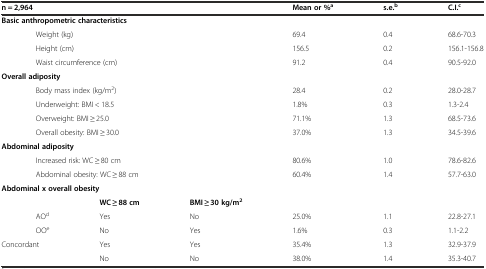
<table><thead><tr><td colspan="3"><b>n = 2,964</b></td><td><b>Mean or %<sup>a</sup></b></td><td><b>s.e.<sup>b</sup></b></td><td><b>C.I.<sup>c</sup></b></td></tr></thead><tbody><tr><td colspan="3"><b>Basic anthropometric characteristics</b></td><td></td><td></td><td></td></tr><tr><td colspan="3">Weight (kg)</td><td>69.4</td><td>0.4</td><td>68.6-70.3</td></tr><tr><td colspan="3">Height (cm)</td><td>156.5</td><td>0.2</td><td>156.1-156.8</td></tr><tr><td colspan="3">Waist circumference (cm)</td><td>91.2</td><td>0.4</td><td>90.5-92.0</td></tr><tr><td colspan="3"><b>Overall adiposity</b></td><td></td><td></td><td></td></tr><tr><td colspan="3">Body mass index (kg/m<sup>2</sup>)</td><td>28.4</td><td>0.2</td><td>28.0-28.7</td></tr><tr><td colspan="3">Underweight: BMI &lt; 18.5</td><td>1.8%</td><td>0.3</td><td>1.3-2.4</td></tr><tr><td colspan="3">Overweight: BMI ≥ 25.0</td><td>71.1%</td><td>1.3</td><td>68.5-73.6</td></tr><tr><td colspan="3">Overall obesity: BMI ≥ 30.0</td><td>37.0%</td><td>1.3</td><td>34.5-39.6</td></tr><tr><td colspan="3"><b>Abdominal adiposity</b></td><td></td><td></td><td></td></tr><tr><td colspan="3">Increased risk: WC ≥ 80 cm</td><td>80.6%</td><td>1.0</td><td>78.6-82.6</td></tr><tr><td colspan="3">Abdominal obesity: WC ≥ 88 cm</td><td>60.4%</td><td>1.4</td><td>57.7-63.0</td></tr><tr><td colspan="3"><b>Abdominal x overall obesity</b></td><td></td><td></td><td></td></tr><tr><td></td><td><b>WC</b> ≥ <b>88 cm</b></td><td><b>BMI</b> ≥ <b>30 kg/m</b><sup><b>2</b></sup></td><td></td><td></td><td></td></tr><tr><td>AO<sup>d</sup></td><td>Yes</td><td>No</td><td>25.0%</td><td>1.1</td><td>22.8-27.1</td></tr><tr><td>OO<sup>e</sup></td><td>No</td><td>Yes</td><td>1.6%</td><td>0.3</td><td>1.1-2.2</td></tr><tr><td rowspan="2">Concordant</td><td>Yes</td><td>Yes</td><td>35.4%</td><td>1.3</td><td>32.9-37.9</td></tr><tr><td>No</td><td>No</td><td>38.0%</td><td>1.4</td><td>35.3-40.7</td></tr></tbody></table>